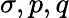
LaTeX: \sigma,p,q